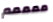
ممممم